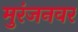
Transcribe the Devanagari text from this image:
मुरंजनवर